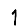
Digit: 1